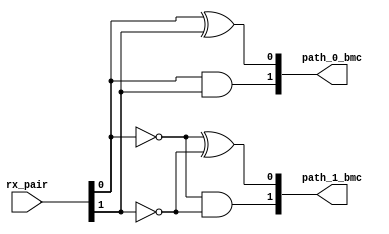
module bmc111001
(
   rx_pair,
   path_0_bmc,
   path_1_bmc
);


   input    [1:0] rx_pair;
   output   [1:0] path_0_bmc;
   output   [1:0] path_1_bmc;

   assign tmp00         =  (rx_pair[0] ^ 1'b0);
   assign tmp01         =  (rx_pair[1] ^ 1'b0);
   
   assign tmp10         =  (rx_pair[0] ^ 1'b1);
   assign tmp11         =  (rx_pair[1] ^ 1'b1);

   assign path_0_bmc    =  {(tmp00 & tmp01),(tmp00 ^ tmp01)}; 
   assign path_1_bmc    =  {(tmp10 & tmp11),(tmp10 ^ tmp11)};

endmodule